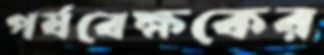
পর্যবেক্ষকের